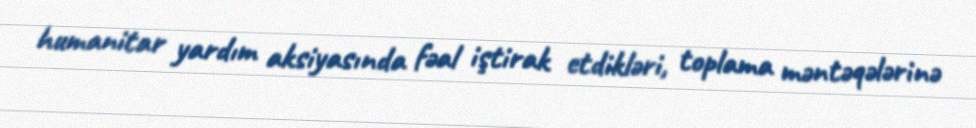
humanitar yardım aksiyasında fəal iştirak etdikləri, toplama məntəqələrinə